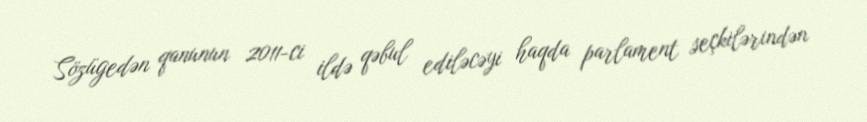
Sözügedən qanunun 2011-ci ildə qəbul ediləcəyi haqda parlament seçkilərindən